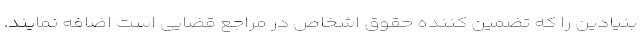
بنیادین را که تضمین کننده حقوق اشخاص در مراجع قضایی است اضافه نمایند.